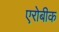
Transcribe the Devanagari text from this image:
एरोबीक